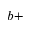
b +